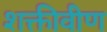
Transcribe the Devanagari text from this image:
शक्तीवीण